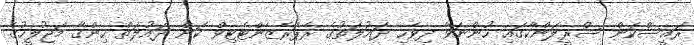
ރައީސްކަން ސްރީލަންކާގައި ހުންނަވާ ދިވެހި ދައުލަތުގެ ރެޕްރެޒެންޓެޓިވް ކަން ދައުލަތް ހިންގާ މަޖުލީހުގެ